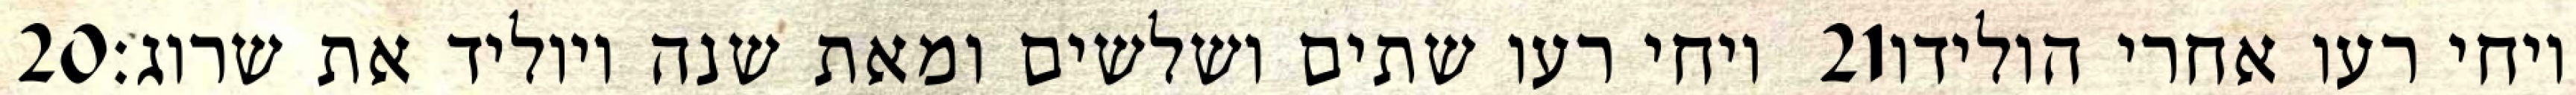
‎20‏ ויחי רעו שתים ושלשים ומאת שנה ויוליד את שרוג׃ ‎21‏ ויחי רעו אחרי הולידו